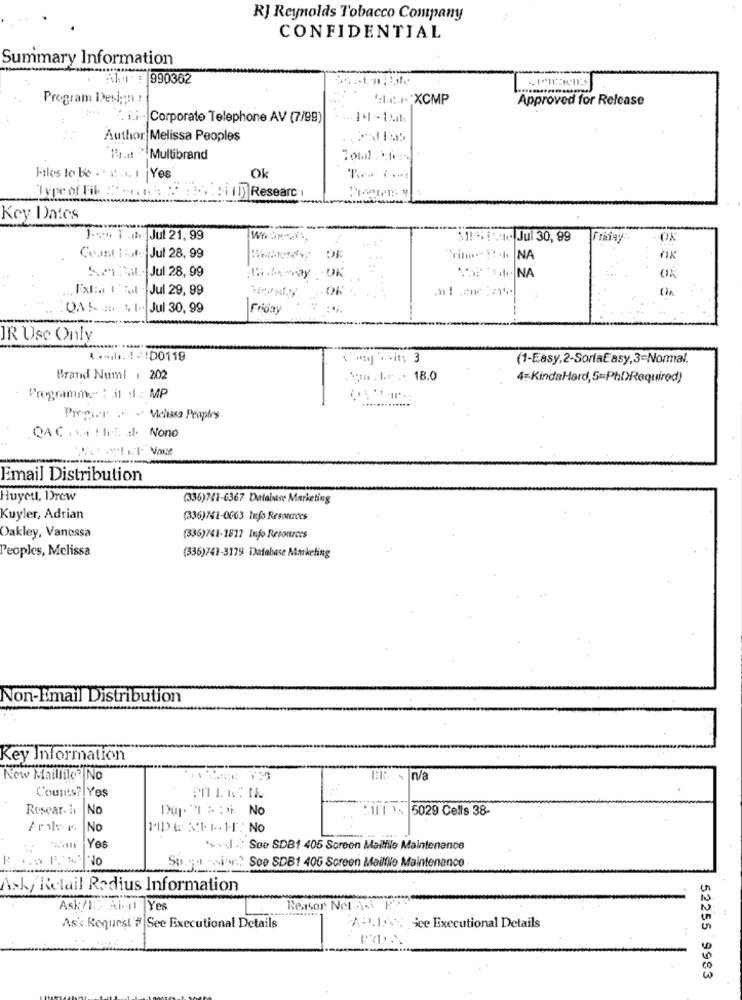
RJ Reynolds Tobacco Company
CONFIDENTIAL
Summary Information
Alt = 990362
Program Desi ;; n :
‘ .... XCMP
Approved for Release
i.i. Corporate Telephone AV (7/99)
Author Melissa Peoples
Brunt Multibrand
Total . Efes
Files lo be . . . ... I Yes
Ok
Type of Fil.
[ i]]] Research
Key Dates
1-4+ T ..... Jul 21, 99
111 +1 :: 16 Jul 30, 99
Friday
Count I tut: Jul 28, 99
NA
Se fait .. Jul 28, 99
OK
Var NA
E'xt :. I':ut Jul 29, 99
OF
DAS# 4 1- Jul 30, 99
Friday
JR Use Only
****. 4-1D0119
(1-Easy,2-SoriaEasy,3=Normal,
Brand Numl : 202
.www . kr .. 18.0
4:KindaHard, 5 =: PhDRequired)
Progier . - Melissa Praphry
QAC .... ! Iri. .. Nono
Split None
Email Distribution
Huyett, Drew
(336)741-6367 Database Marketing
Kuyler, Adrian
(336)741-0663 Info Resources
Oakley, Vanessa
(336)741-1827 Info Resources
Peoples, Melissa
(336)741-3179 Database Marketing
Non-Email Distribution
Key Information
New Maillile" No
Ek. \ n/a
Counts? Yes
Resear- i
No
No
5029 Cells 38-
No
Yes
"+J." Soe SDB1 405 Screen Mailfile Maintenance
Sigo sin? See SDB1 405 Screen Mailile Maintenence
Ask/ Retail Radius Information
Ask/l. Ai-11 Yes
Reaisor Not A.i
As'< Request # See Executional Details
APLI ice Executional Details
52255 9983